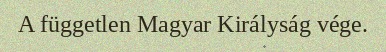
A független Magyar Királyság vége.